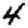
Digit: 4